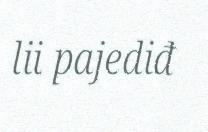
lii pajediđ